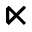
\ltimes